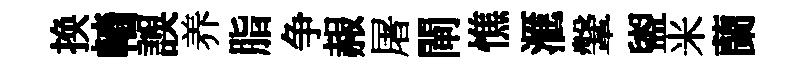
换轖誤养脂争赧屠閘憔滙鞶盥米蘭